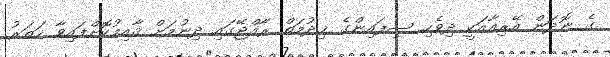
ގެ ނޮދަން އޭރިއާއަކީ ދިވެހި ސިފައިންގެ ޚިދުމަތް ރާއްޖޭގައި ދިނުމަށް ޤާއިމުކޮށްފައިވާ ހަތަރު